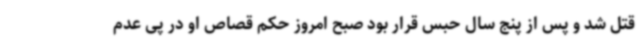
قتل شد و پس از پنج سال حبس قرار بود صبح امروز حکم قصاص او در پی عدم